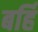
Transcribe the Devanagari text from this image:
बर्हि